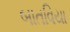
બાતવિયા